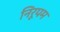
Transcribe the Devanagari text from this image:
निरूपम